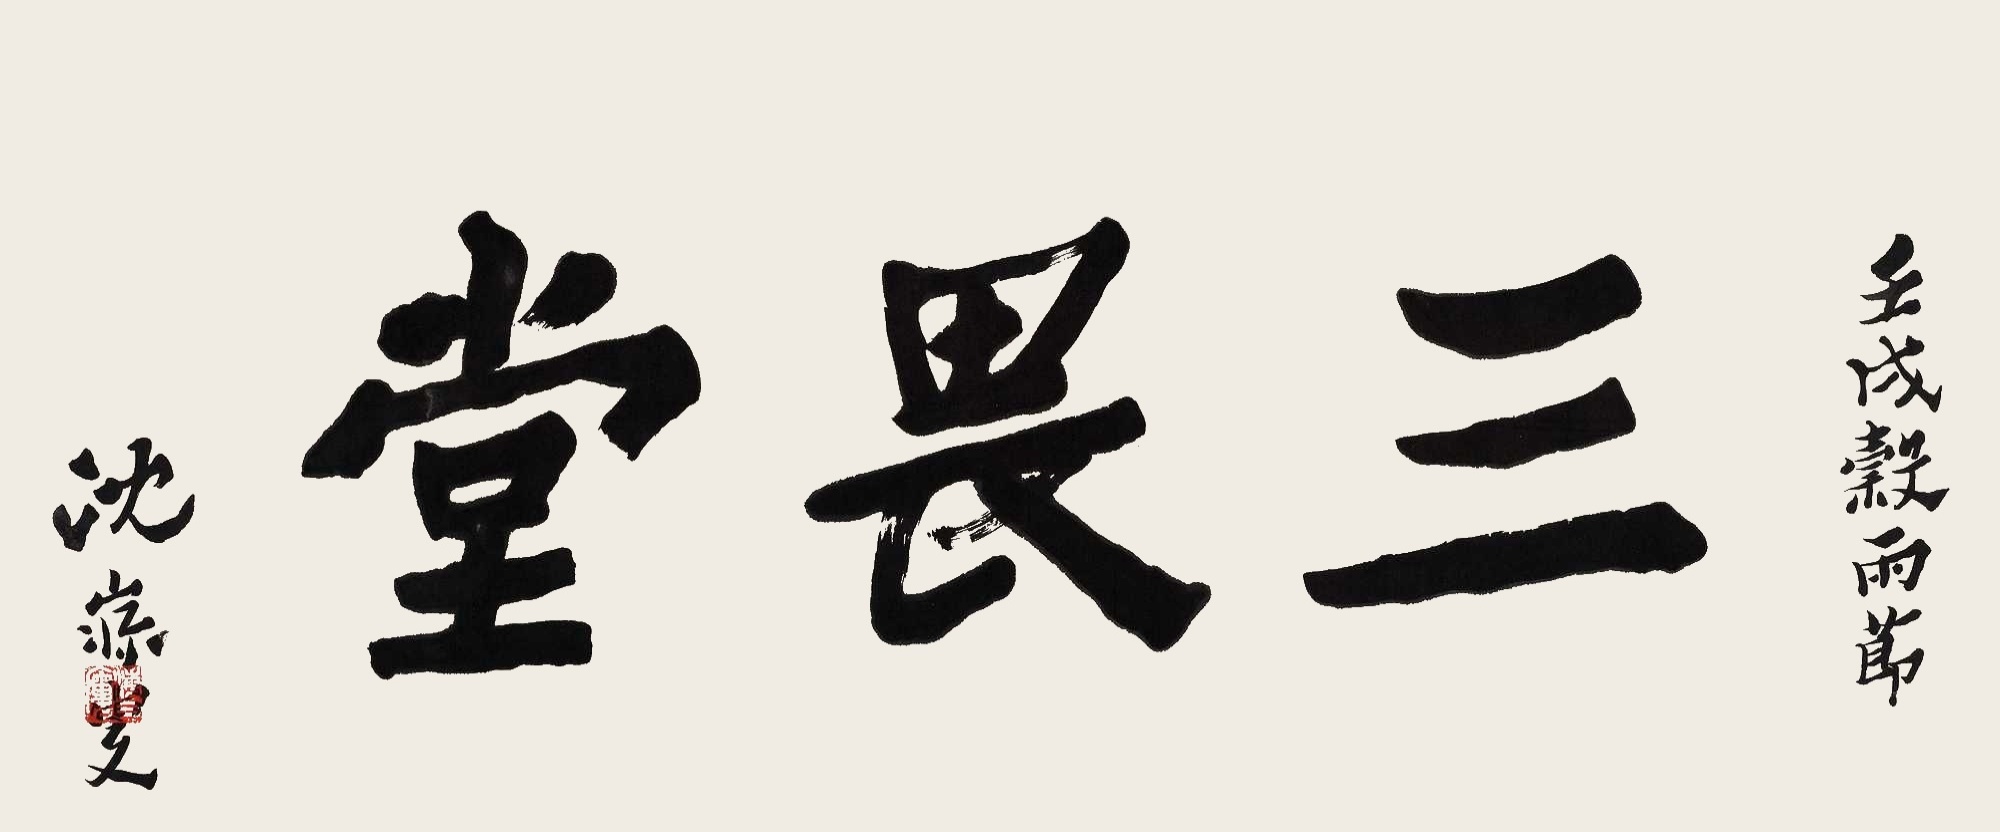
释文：三畏堂。壬戌谷雨节，沈寐叟。